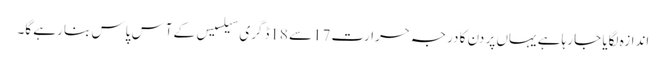
اندازہ لگایا جا رہا ہے یہاں پر دن کا درجہ حرارت 17سے 18ڈگری سیلسیس کے آس پاس بنا رہے گا۔